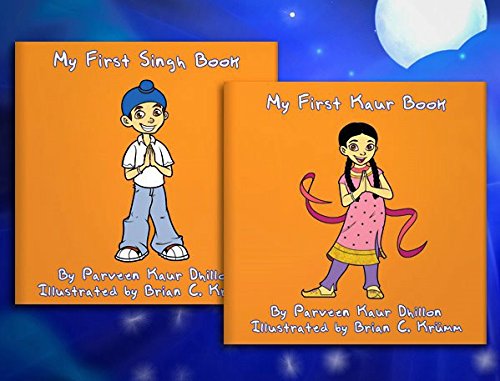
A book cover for My First Sikh Books; Parveen Kaur Dhillon; Religion & Spirituality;